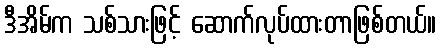
ဒီအိမ်က သစ်သားဖြင့် ဆောက်လုပ်ထားတာဖြစ်တယ်။